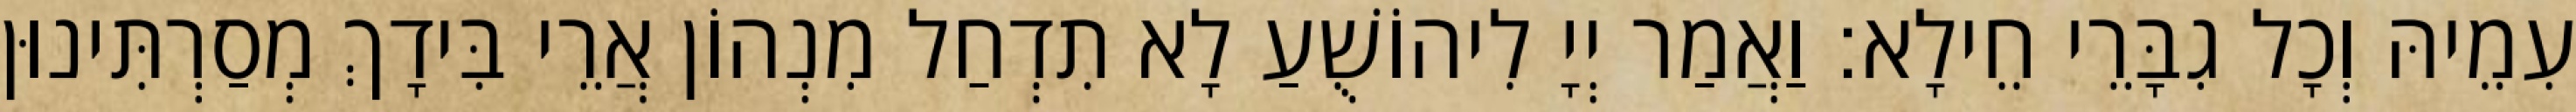
עִמֵיהּ וְכָל גִבָּרֵי חֵילָא׃ וַאֲמַר יְיָ לִיהוֹשֻׁעַ לָא תִדְחַל מִנְהוֹן אֲרֵי בִּידָךְ מְסַרְתִּינוּן